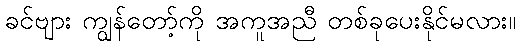
ခင်ဗျား ကျွန်တော့်ကို အကူအညီ တစ်ခုပေးနိုင်မလား။